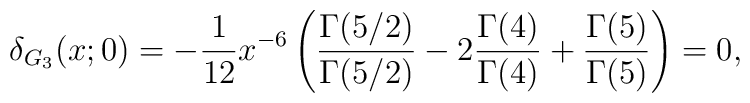
\delta_{G_{3}}(x;0)=-{1\over 12}{x^{-6}} \left({\Gamma(5/2)\over \Gamma(5/2)}-2{\Gamma(4)\over \Gamma(4)}+{\Gamma(5)\over \Gamma(5)}\right)=0,